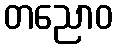
တညောဝ